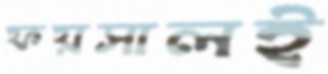
ফয়সালই